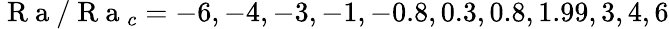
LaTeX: \mathrm{~R~a~}/\mathrm{~R~a~}_{c}=-6,-4,-3,-1,-0.8,0.3,0.8,1.99,3,4,6